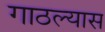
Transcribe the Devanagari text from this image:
गाठल्यास